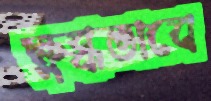
ক্ষুব্ধভাবে